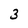
Character: 3